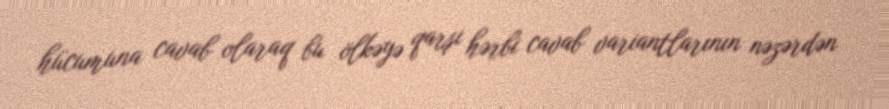
hücumuna cavab olaraq bu ölkəyə qarşı hərbi cavab variantlarının nəzərdən